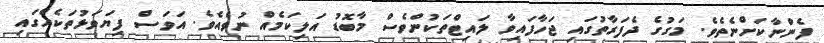
ފެނުްނާކަށްނެތެވެ. މަގުގެ ދެފަރާތުގައި ޖަހާފައިވާ ލައިޓްތަކުންވެސް މާބޮޑު އަލިކަމެއް ނުވެއެވެ. އަވަސް ފިޔަވަޅުތަކެއްގައި